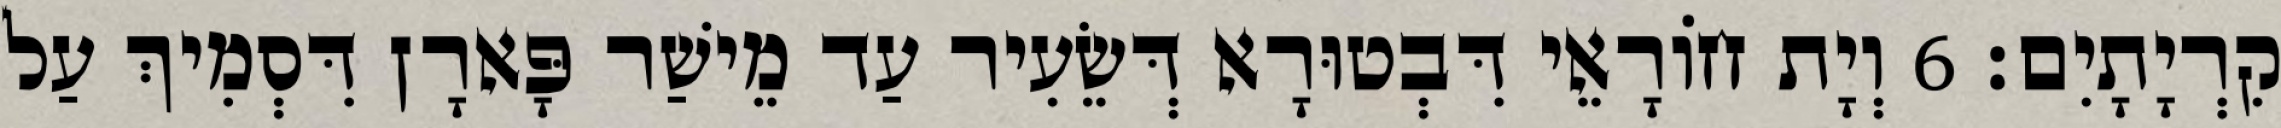
קִרְיָתָיִם׃ 6 וְיָת חוֹרָאֵי דִּבְטוּרָא דְּשֵׂעִיר עַד מֵישַׁר פָּארָן דִּסְמִיךְ עַל